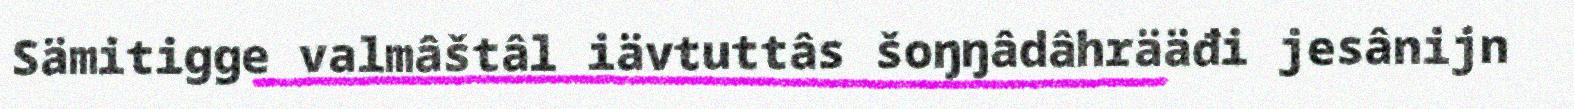
Sämitigge valmâštâl iävtuttâs šoŋŋâdâhrääđi jesânijn